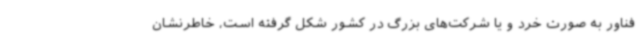
فناور به صورت خرد و یا شرکت‌های بزرگ در کشور شکل گرفته است، خاطرنشان